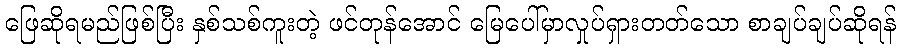
ဖြေဆိုရမည်ဖြစ်ပြီး နှစ်သစ်ကူးတဲ့ ဖင်တုန်အောင် မြေပေါ်မှာလှုပ်ရှားတတ်သော စာချပ်ချပ်ဆိုရန်